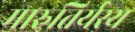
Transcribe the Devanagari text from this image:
मारुतिर्यस्य